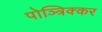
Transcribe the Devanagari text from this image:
पोञ्त्रिक्कर